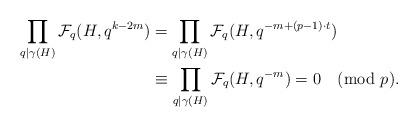
LaTeX: \begin{align*}\prod_{q\mid \gamma(H)}\mathcal{F}_q(H,q^{k-2m})&=\prod_{q\mid \gamma(H)}\mathcal{F}_q(H,q^{-m+(p-1)\cdot t})\\& \equiv \prod_{q\mid \gamma(H)}\mathcal{F}_q(H,q^{-m})=0 \pmod{p}.\end{align*}